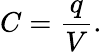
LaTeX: C={\frac{q}{V}}.